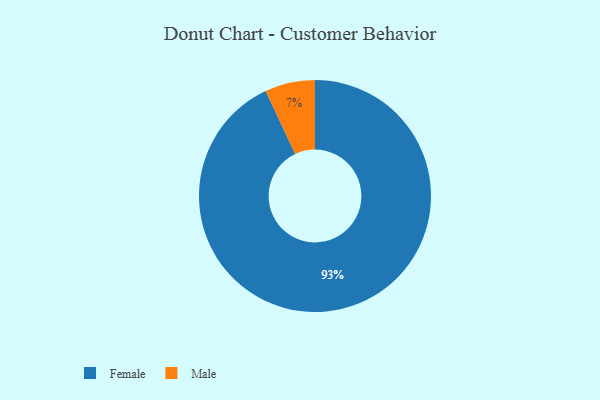
{"axis": {"x": "Category", "y": "Percentage"}, "legend": ["Female", "Male"], "data": [{"x": "Male", "y": 7, "type": "Male"}, {"x": "Female", "y": 93, "type": "Female"}]}